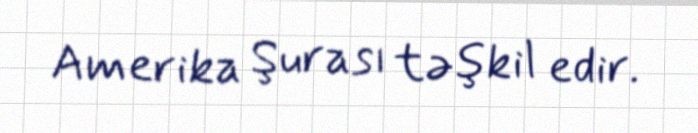
Amerika Şurası təşkil edir.